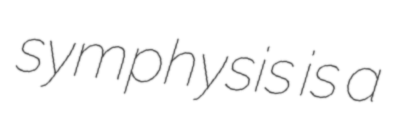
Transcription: symphysis is a